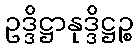
ဥဒ္ဒိဋ္ဌာနုဒ္ဒိဋ္ဌဉ္စ